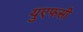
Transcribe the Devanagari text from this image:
युएफसी